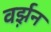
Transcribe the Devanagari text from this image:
वर्झ़न